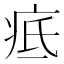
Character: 疷